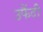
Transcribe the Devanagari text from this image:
उफैंदी